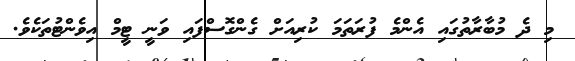
މި ދެ މުބާރާތުގައި އެންމެ ފުރަތަމަ ކުރިއަށް ގެންގޮސްފައި ވަނީ ޓީމް އިވެންޓުތަކެވެ.